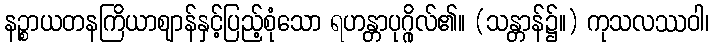
နဉ္စာယတနကြိယာဈာန်နှင့်ပြည့်စုံသော ရဟန္တာပုဂ္ဂိုလ်၏။ (သန္တာန်၌။) ကုသလဿဝါ၊